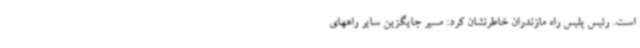
است‌. رئیس پلیس راه مازندران خاطرنشان کرد: مسیر جایگزین سایر راههای